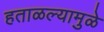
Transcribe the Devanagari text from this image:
हताळल्यामुळे